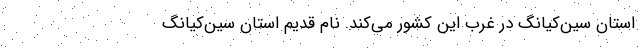
استان سین‌کیانگ در غرب این کشور می‌کند. نام قدیم استان سین‌کیانگ